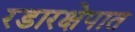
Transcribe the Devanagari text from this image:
रडारक्षेपात